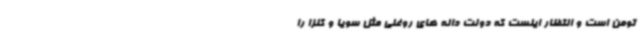
تومن است و انتظار اینست که دولت دانه های روغنی مثل سویا و کلزا را